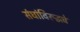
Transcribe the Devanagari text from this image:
संघांविरूद्धचे